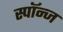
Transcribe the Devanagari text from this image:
स्पॉन्ज